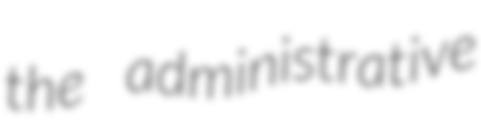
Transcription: the administrative